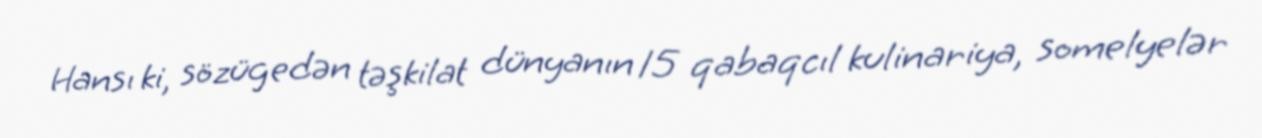
Hansı ki, sözügedən təşkilat dünyanın 15 qabaqcıl kulinariya, somelyelər